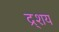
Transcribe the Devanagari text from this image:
द्र्शय